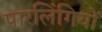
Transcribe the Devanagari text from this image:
पारलिंगियों